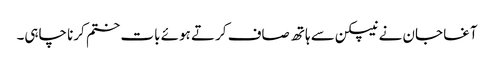
آغا جان نے نیپکن سے ہاتھ صاف کرتے ہوئے بات ختم کرنا چاہی۔